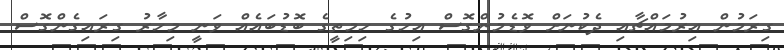
ގިރަމުން އިރުމައްޗާއި ދެކުނަށް ވޮޑެމުންގޮސް އިހުގެ ހިމިތީގެ ބޮޑުބައެއް ވަނީ މިހާރު ގިރައިގެންގޮސް